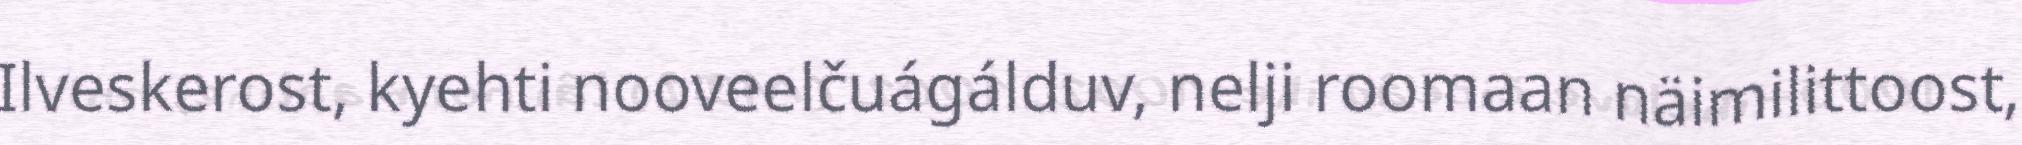
Ilveskerost, kyehti nooveelčuágálduv, nelji roomaan näimilittoost,